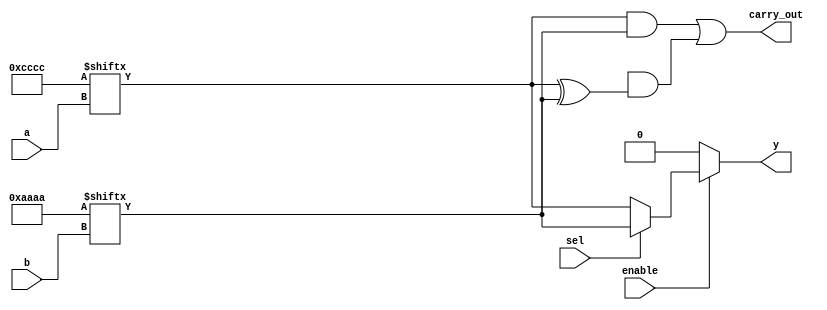
module comb_logic_block (
    input wire [3:0] a,  // 4-input signals
    input wire [3:0] b,  // 4-input signals
    input wire sel,      // Select signal for multiplexer
    input wire enable,   // Enable signal for the logic function
    output wire y,       // Output of the logic block
    output wire carry_out // Carry output for arithmetic operations
);
    
    // LUT Implementation
    reg [15:0] lut_a;  // LUT for input 'a'
    reg [15:0] lut_b;  // LUT for input 'b'
    
    always @(*) begin
        // Example: Configuring LUT for two different functions
        lut_a = 16'b1100110011001100; // Example LUT pattern for input 'a'
        lut_b = 16'b1010101010101010; // Example LUT pattern for input 'b'
    end
    
    wire lut_out_a = lut_a[a]; // Output from LUT for input 'a'
    wire lut_out_b = lut_b[b]; // Output from LUT for input 'b'
    
    // Multiplexer to select output based on 'sel'
    wire mux_out;
    assign mux_out = (sel) ? lut_out_b : lut_out_a;

    // Enable Logic
    assign y = enable ? mux_out : 1'b0; // Output controlled by enable signal

    // Carry Logic (example of a simple 1-bit full adder)
    wire carry_in; // Suppose carry_in is given
    assign carry_out = (lut_out_a & lut_out_b) | (carry_in & (lut_out_a ^ lut_out_b));
    
endmodule